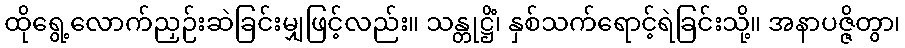
ထိုရွေ့လောက်ညှဉ်းဆဲခြင်းမျှဖြင့်လည်း။ သန္တုဋ္ဌိံ၊ နှစ်သက်ရောင့်ရဲခြင်းသို့။ အနာပဇ္ဇိတွာ၊